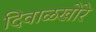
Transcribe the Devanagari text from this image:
दिवाळखोरे